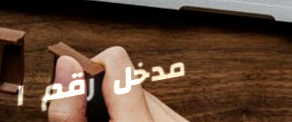
مدخل رقم ١